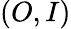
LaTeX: (O,I)